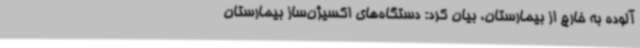
آلوده به خارج از بیمارستان، بیان کرد: دستگاه‌های اکسیژن‌ساز بیمارستان‌